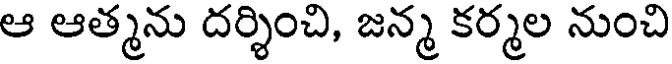
ఆ ఆత్మను దర్శించి, జన్మ కర్మల నుంచి